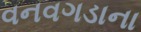
વનવગડાના